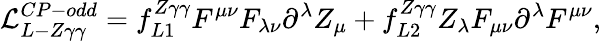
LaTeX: {\cal L}_{L-Z\gamma\gamma}^{CP-odd}=f_{L1}^{Z\gamma\gamma}F^{\mu\nu}F_{\lambda\nu}\partial^{\lambda}Z_{\mu}+f_{L2}^{Z\gamma\gamma}Z_{\lambda}F_{\mu\nu}\partial^{\lambda}F^{\mu\nu},